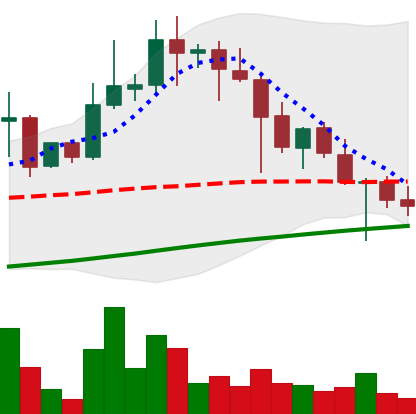
Ticker: XLM-USD
Chart end date: 2021-04-25
Forward return: 27.156%
Label: up_7plus